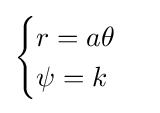
{\begin{cases}r=a\theta \\\psi =k\end{cases}}